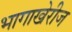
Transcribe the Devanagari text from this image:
भागाखेरीज